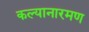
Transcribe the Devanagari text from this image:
कल्यानारमण